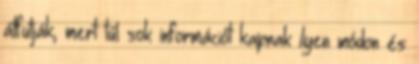
átfutják, mert túl sok információt kapnak ilyen módon és